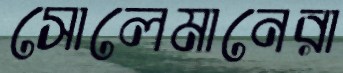
সোলেমানেরা